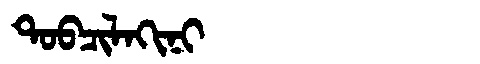
Manchu: ᡨᠣᠪᠴᡳᠯᠠᡴᡳᠨᡳ
Romanization: TOBCILAKINI